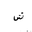
Letter: _shin